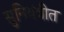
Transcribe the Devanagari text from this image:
सुनियंत्रीत